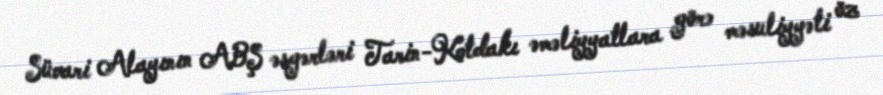
Süvari Alayının ABŞ əsgərləri Tarin-Kotdakı əməliyyatlara görə məsuliyyəti öz